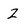
Character: Z